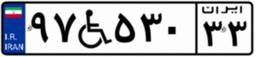
۹۷W۵۳۰۳۳